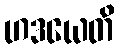
ဟဒယေတိ